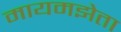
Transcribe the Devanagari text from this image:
मायमझेता